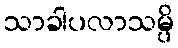
သာခါပလာသမ္ပိ